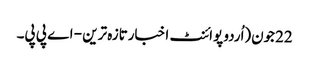
22جون(اُردو پوائنٹ اخبارتازہ ترین - اے پی پی۔